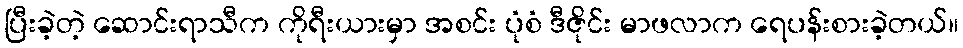
ပြီးခဲ့တဲ့ ဆောင်းရာသီက ကိုရီးယားမှာ အစင်း ပုံစံ ဒီဇိုင်း မာဖလာက ရေပန်းစားခဲ့တယ်။